Civil Veterinary Department. Madras. Admin. report 1910-25 - 1910-1925
Year: 1910
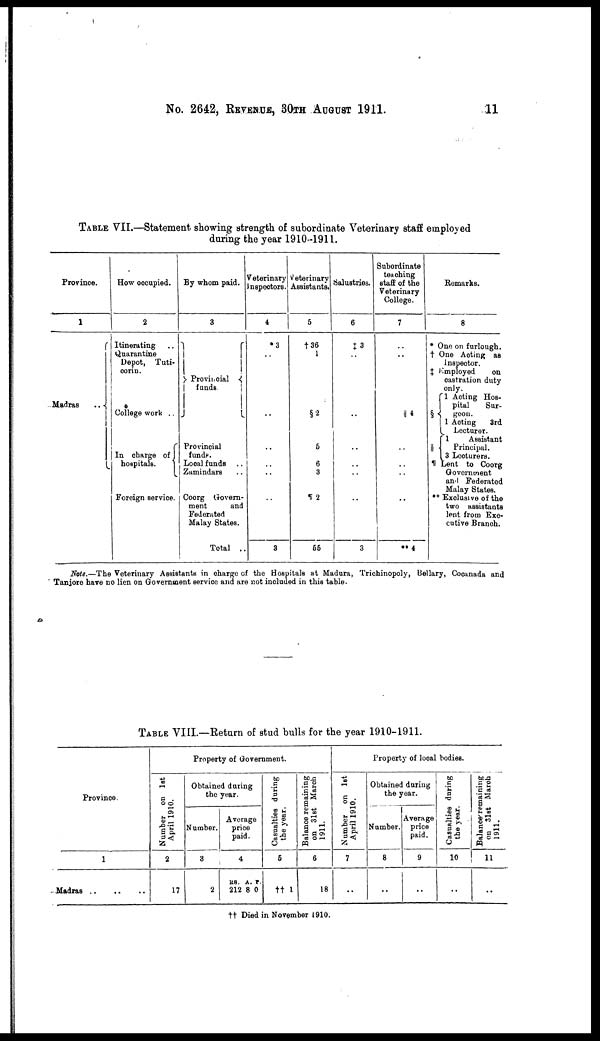
No. 2642, REVENUE, 30TH AUGUST 1911.
11
TABLE VII.—Statement showing strength of subordinate Veterinary staff employed
during the year 1910-1911.
Province.
1
Madras
..
How occupied.
2
Itinerating ..
Quarantine
Depot, Tuti-
corin.
College work ..
In charge of
hospitals.
Foreign service.
By whom paid.
3
Provincial
funds.
Provincial
funds.
Local funds ..
Zamindars ..
Coorg Govern-
ment
and
Federated
Malay States.
Total ..
Veterinary
Inspectors.
4
3
..
..
..
..
..
..
8
Veterinary
Assistants.
5
†36
1
§2
5
6
3
12
66
Salustries.
6
‡ 3
..
..
..
..
..
..
3
Subordinate
teaching
staff of the
Veterinary
College.
7
..
..
||4
..
..
..
..
**4
Remarks.
8
* One on furlough.
† One Acting as
Inspector.
‡ Employed
on
castration duty
only.
1 Acting Hos-
pital
Sor-
§
geon.
1 Acting 3rd
Lecturer.
1
Assistant
||
Principal.
3 Lecturers.
¶ Lent to Coorg
Government
and Federated
Malay States.
** Exclusive of the
two assistants
lent from Exe-
cutive Branch.
Note.—The Veterinary Assistants in charge of the Hospitals at Madura, Trichinopoly, Bellary, Cocanada and
Tanjore have no lien on Government service and are not included in this table.
TABLE VIII.—Return of stud bulls for the year 1910-1911.
Province.
1
Madras
Nu mb e r on 1st
April 1910.
2
17
Property of Government.
Obtained daring
the year.
Number.
3
2
Average
price
paid.
4
Rs.
212
A.
8
P.
0
Casualties during
the year.
5
†† 1
Balance remaining
on 31st March
1911.
6
18
Property of local bodies.
Number on 1st
April 1910.
7
..
Obtained during
the year.
Number.
8
..
Average
price
paid.
9
..
Casualties during
the year.
10
..
Balance remaining
on 31st March
1911.
11
..
†† Died in November 1910.